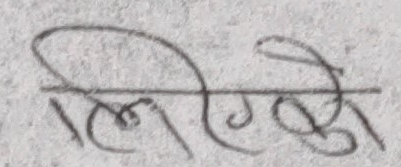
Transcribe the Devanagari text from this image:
लिगेको